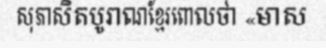
សុភាសិតបូរាណខ្មែរពោលថា «មាស